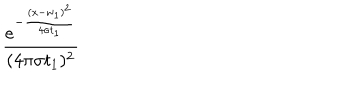
LaTeX: \frac { e ^ { - \frac { ( x - w _ { 1 } ) ^ { 2 } } { 4 \sigma t _ { 1 } } } } { ( 4 \pi \sigma t _ { 1 } ) ^ { 2 } }